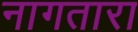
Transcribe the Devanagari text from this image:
नागतारा